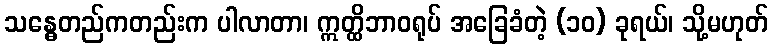
သန္ဓေတည်ကတည်းက ပါလာတာ၊ ဣတ္ထိဘာဝရုပ် အခြေခံတဲ့ (၁၀) ခုရယ်၊ သို့မဟုတ်